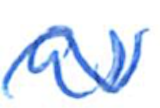
Text: as
Cross-out: wave
Writing tool: ballpoint